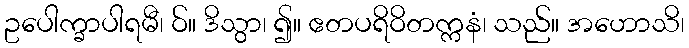
ဥပေါက္ခာပါရမီ၊ ဝ်။ ဒိသွာ၊ ၍။ ဧတပရိဝိတက္ကနံ၊ သည်။ အဟောသိ၊